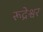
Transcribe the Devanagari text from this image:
रूद्रेश्वर